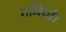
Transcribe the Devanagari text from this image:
गर्मियाँ।